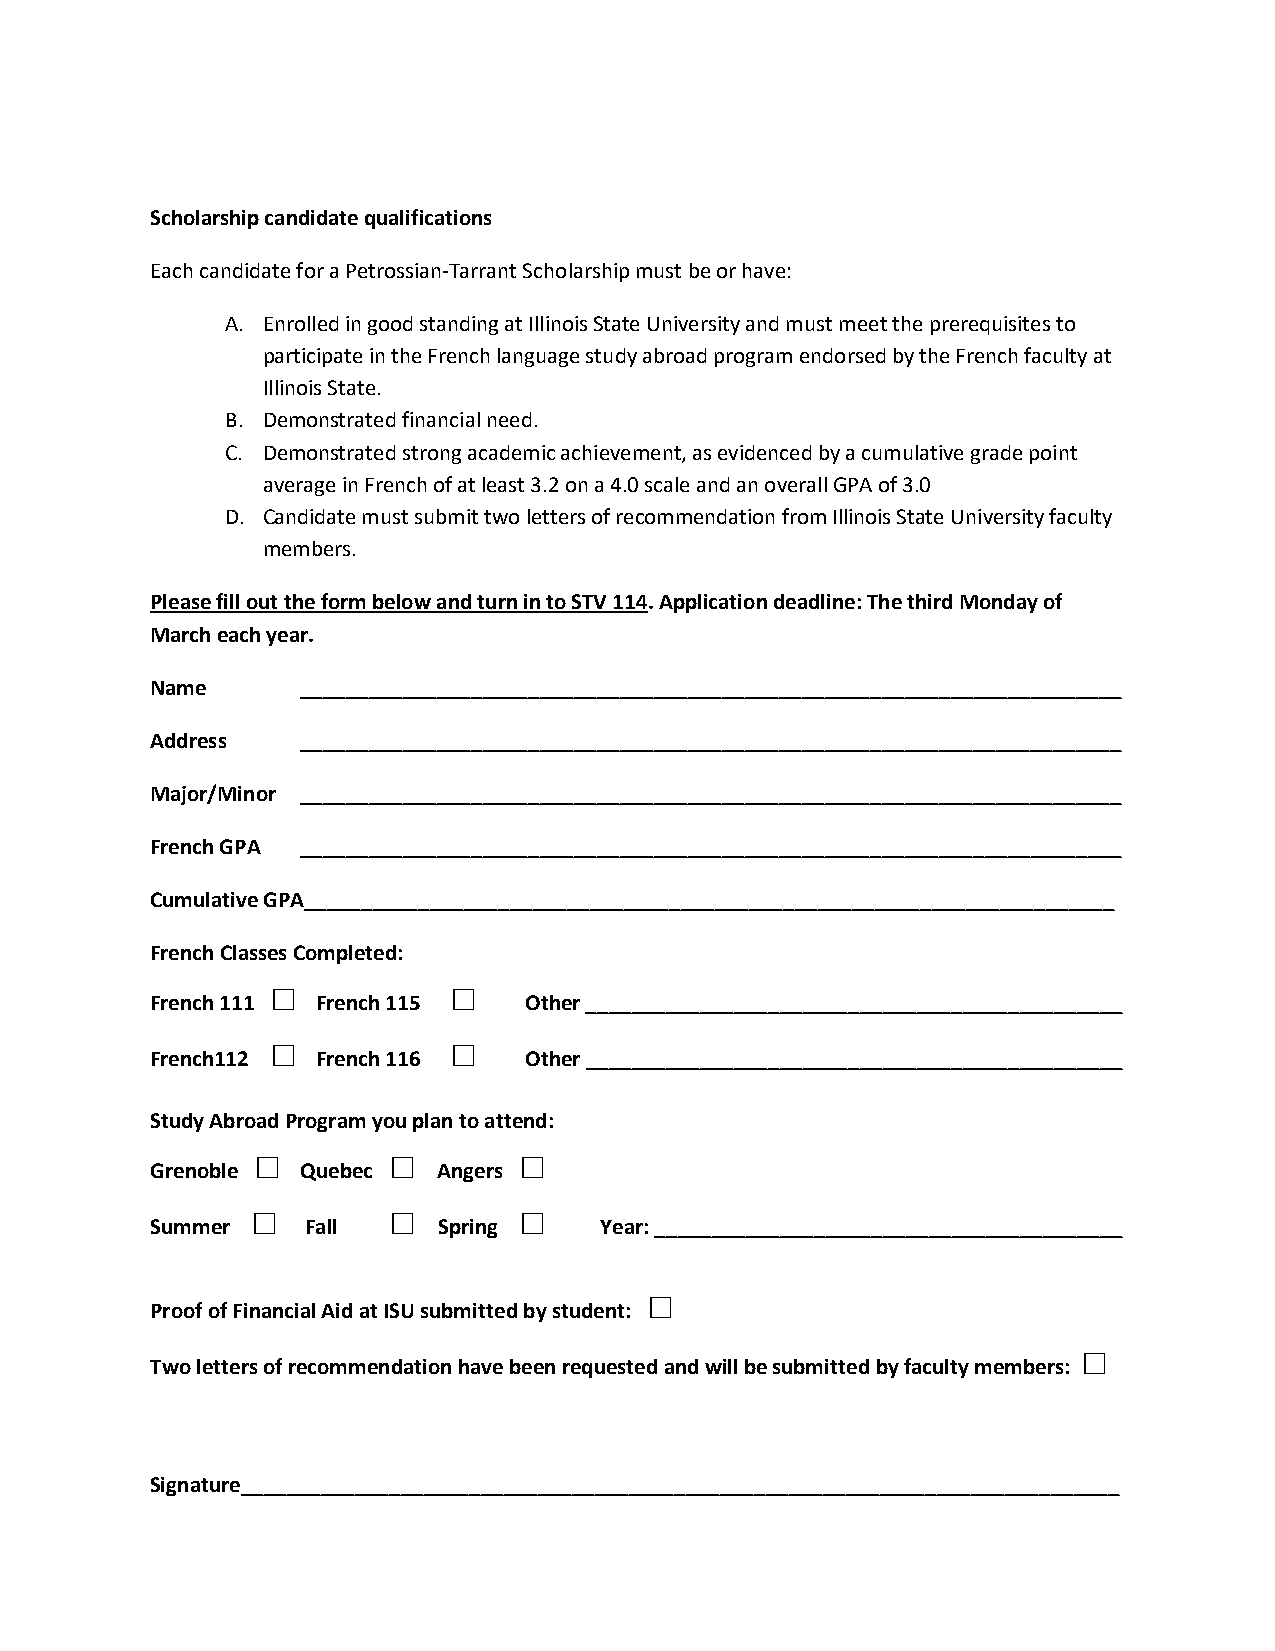
Scholarship candidate qualifications
 Each candidate for a Petrossian-Tarrant Scholarship must be or have:
 A. Enrolled in good standing at Illinois State University and must meet the prerequisites to
 participate in the French language study abroad program endorsed by the French faculty at
 Illinois State.
 B. Demonstrated financial need.
 C. Demonstrated strong academic achievement, as evidenced by a cumulative grade point
 average in French of at least 3.2 on a 4.0 scale and an overall GPA of 3.0
 D. Candidate must submit two letters of recommendation from Illinois State University faculty
 members.
 Please fill out the form below and turn in to STV 114. Application deadline: The third Monday of
 March each year.
 Name      ________________________________________________________________________
 Address   ________________________________________________________________________
 Major/Minor ________________________________________________________________________
 French GPA ________________________________________________________________________
 Cumulative GPA_______________________________________________________________________
 French Classes Completed:
 □           □
 French 111 French 115    Other _______________________________________________
 □           □
 French112  French 116    Other _______________________________________________
 Study Abroad Program you plan to attend:
 □        □       □
 Grenoble  Quebec   Angers
 □        □       □
 Summer    Fall     Spring     Year: _________________________________________
 □
 Proof of Financial Aid at ISU submitted by student:
 □
 Two letters of recommendation have been requested and will be submitted by faculty members:
 Signature_____________________________________________________________________________